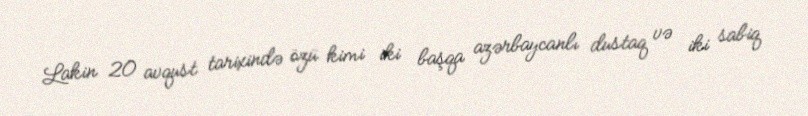
Lakin 20 avqust tarixində özü kimi iki başqa azərbaycanlı dustaq və iki sabiq